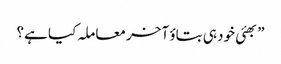
”بھئی خود ہی بتاؤ آخر معاملہ کیا ہے؟